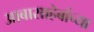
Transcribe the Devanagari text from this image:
आबासाहेबांच्या